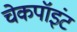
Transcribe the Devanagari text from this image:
चेकपॉइंट